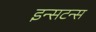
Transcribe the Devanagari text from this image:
इन्सटन्स